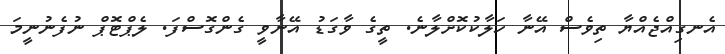
އެނގިއްޖެއްޔާ ތިވެސް އޭނާ ހަލާކުކޮށްލާނެ. ތީގެ ވާގަޑު އޭނާވީ ގެންގޮސްފަ. ލެޕްޓޮޕް ނުފެނުނީމަ